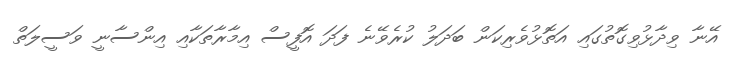
އޭނާ ވިދާޅުވިގޮތުގައި އަތޮޅުވެރިކަން ބަދަލު ކުރެވޭނެ ފަދަ އޮފީސް އިމާރާތަކާއި އިންސާނީ ވަސީލަތް